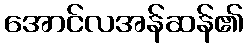
အောင်လအန်ဆန်၏